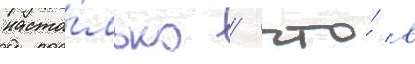
насто́лько / что́ в